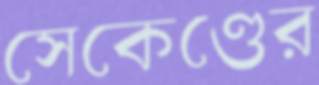
সেকেণ্ডের